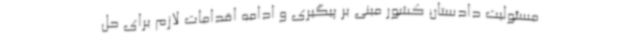
مسئولیت دادستان کشور مبنی بر پیگیری و ادامه اقدامات لازم برای حل